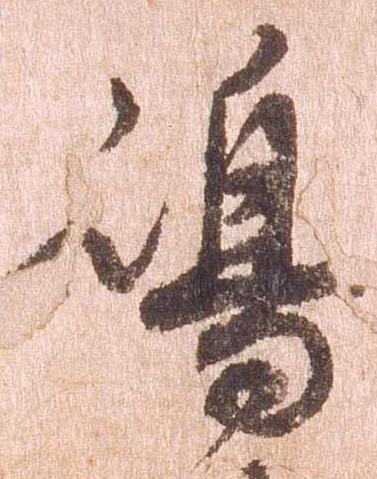
島